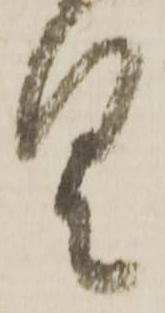
具